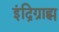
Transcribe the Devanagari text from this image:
इंद्रिग्राह्म